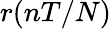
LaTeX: r(nT/N)